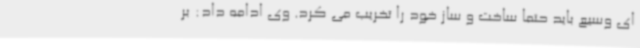
ای وسیع باید حتما ساخت و ساز خود را تخریب می کرد. وی ادامه داد: بر